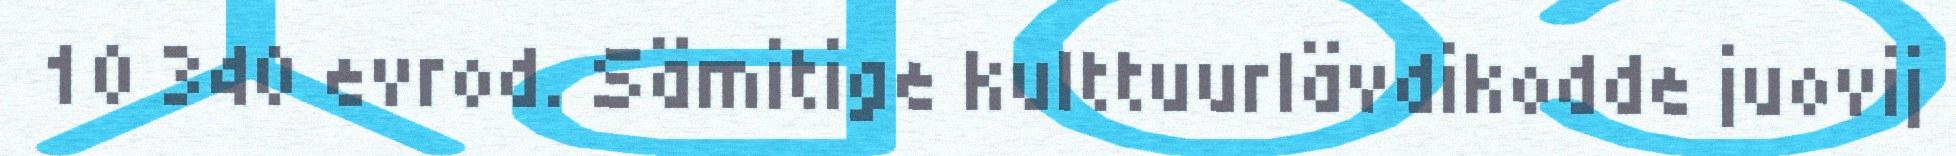
10 340 evrod. Sämitige kulttuurlävdikodde juovij